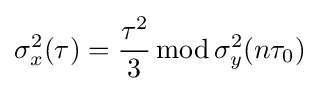
\sigma _{x}^{2}(\tau )={\frac {\tau ^{2}}{3}}\operatorname {mod} \sigma _{y}^{2}(n\tau _{0})